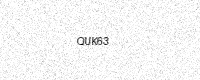
Text: QUK63